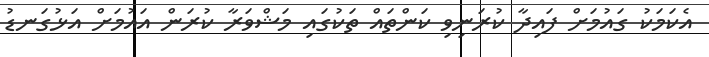
އެކަމަކު ގައުމަށް ފައިދާ ކުރަނިވި ކަންތައް ތަކުގައި މަޝްވަރާ ކުރަން އައުމަށް އަޅުގަނޑު